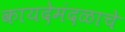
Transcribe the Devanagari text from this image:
कायदेमंदळाचे